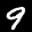
Label: 9